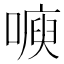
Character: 𭊙